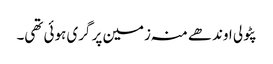
پٹولی اوندھے منہ زمین پر گری ہوئی تھی۔